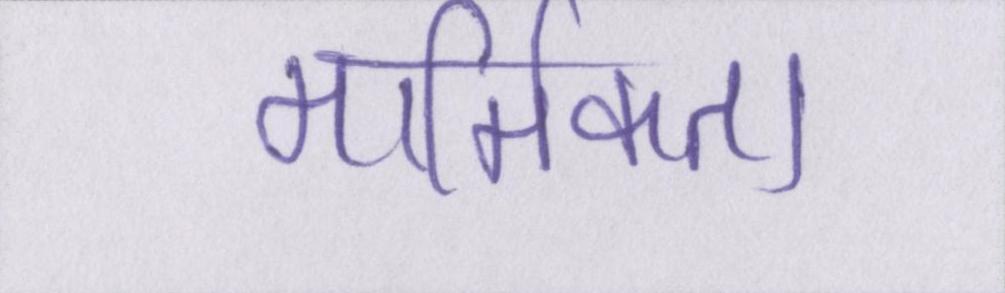
मार्मिकता